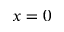
x = 0